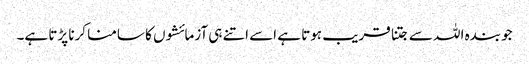
جو بندہ اللہ سے جتنا قریب ہوتا ہے اسے اتنے ہی آزمائشوں کا سامنا کرنا پڑتا ہے۔